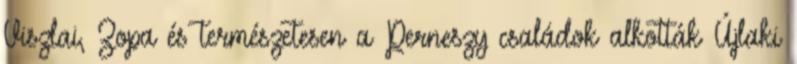
Viszlai, Zopa és természetesen a Perneszy családok alkották Újlaki